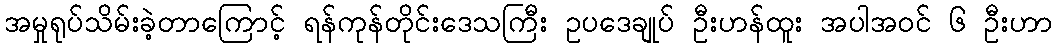
အမှုရုပ်သိမ်းခဲ့တာကြောင့် ရန်ကုန်တိုင်းဒေသကြီး ဥပဒေချုပ် ဦးဟန်ထူး အပါအဝင် ၆ ဦးဟာ